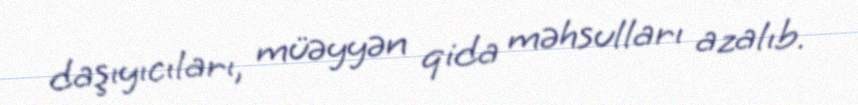
daşıyıcıları, müəyyən qida məhsulları azalıb.